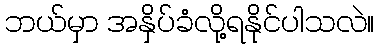
ဘယ်မှာ အနှိပ်ခံလို့ရနိုင်ပါသလဲ။